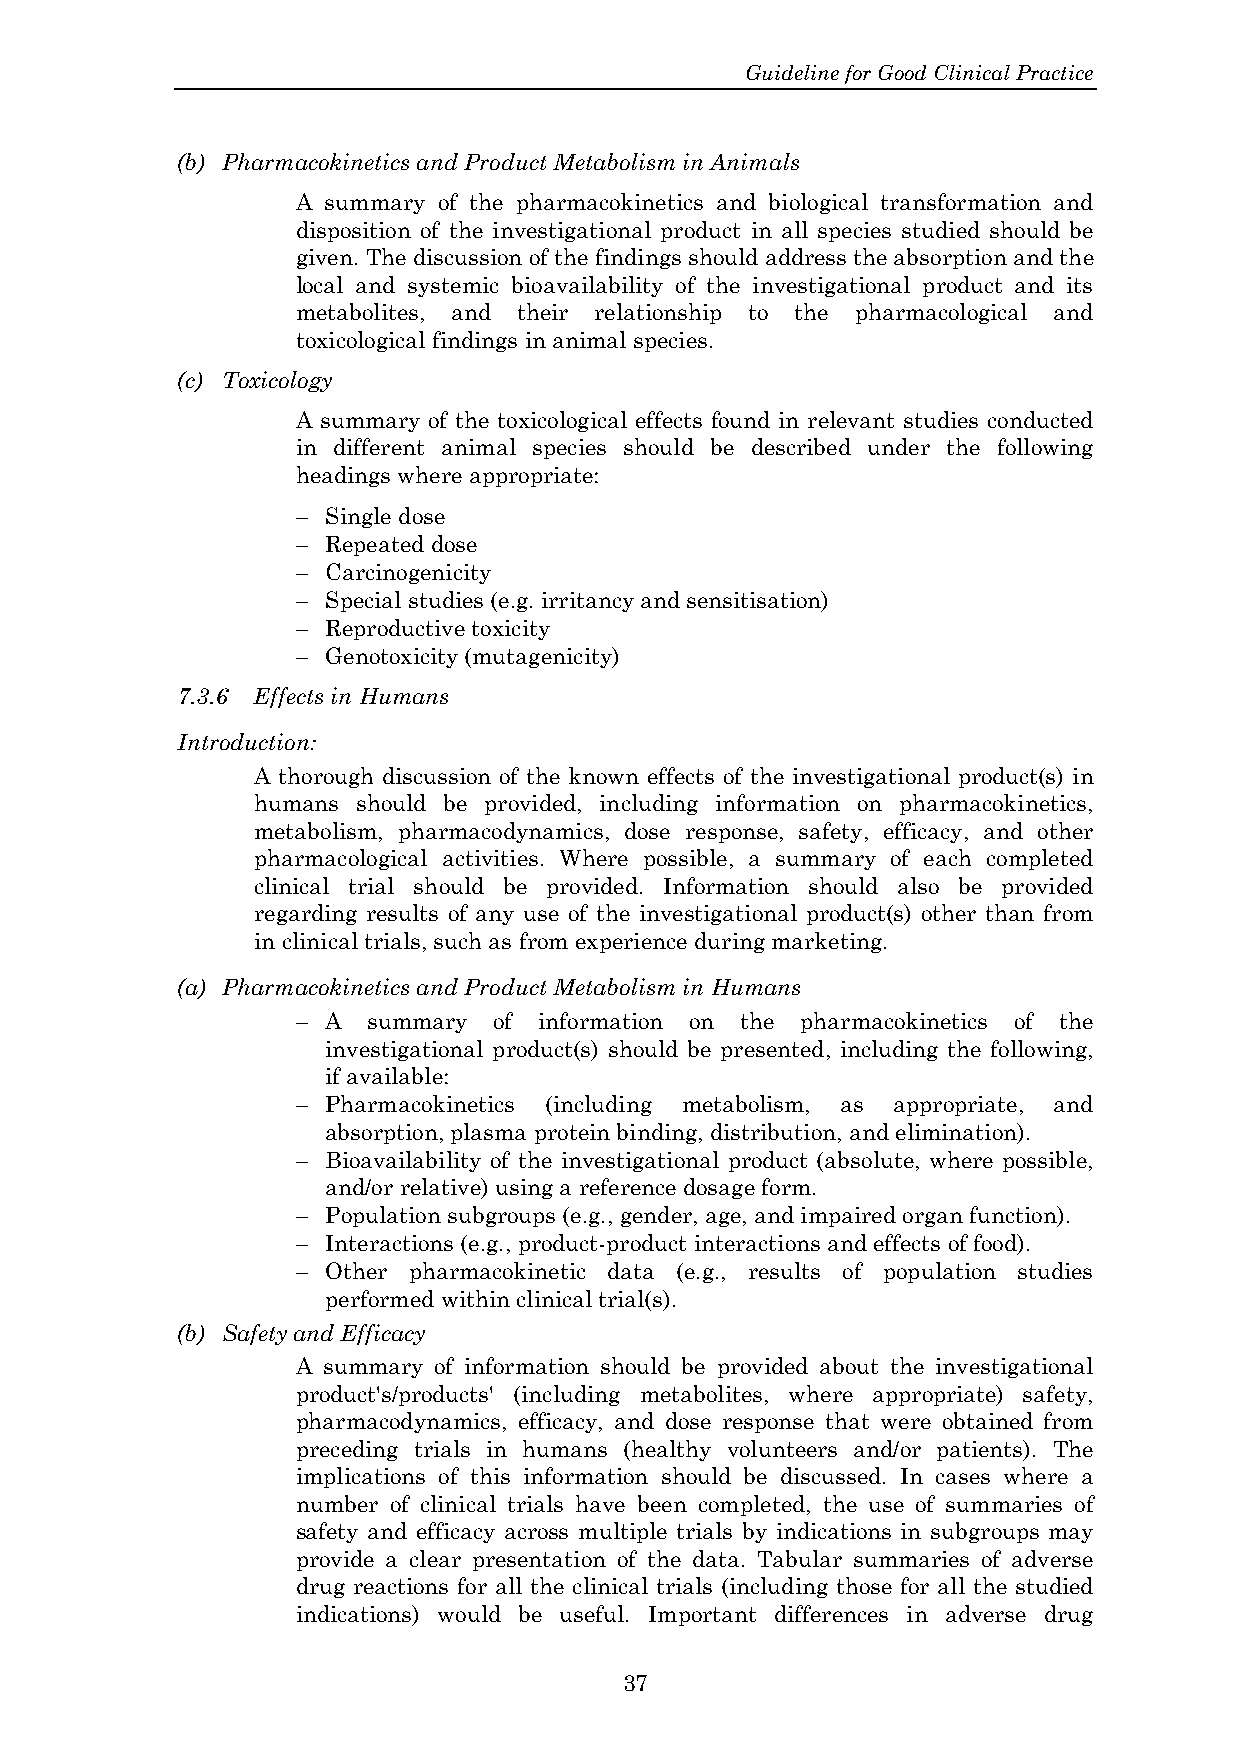
Guideline for Good Clinical Practice
 (b) Pharmacokinetics and Product Metabolism in Animals
 A summary of the pharmacokinetics and biological transformation and
 disposition of the investigational product in all species studied should be
 given. The discussion of the findings should address the absorption and the
 local and systemic bioavailability of the investigational product and its
 metabolites, and their relationship to the pharmacological and
 toxicological findings in animal species.
 (c) Toxicology
 A summary of the toxicological effects found in relevant studies conducted
 in different animal species should be described under the following
 headings where appropriate:
 − Single dose
 − Repeated dose
 − Carcinogenicity
 − Special studies (e.g. irritancy and sensitisation)
 − Reproductive toxicity
 − Genotoxicity (mutagenicity)
 7.3.6 Effects in Humans
 Introduction:
 A thorough discussion of the known effects of the investigational product(s) in
 humans should be provided, including information on pharmacokinetics,
 metabolism, pharmacodynamics, dose response, safety, efficacy, and other
 pharmacological activities. Where possible, a summary of each completed
 clinical trial should be provided. Information should also be provided
 regarding results of any use of the investigational product(s) other than from
 in clinical trials, such as from experience during marketing.
 (a) Pharmacokinetics and Product Metabolism in Humans
 − A summary  of information on the pharmacokinetics of the
 investigational product(s) should be presented, including the following,
 if available:
 − Pharmacokinetics (including metabolism, as appropriate, and
 absorption, plasma protein binding, distribution, and elimination).
 − Bioavailability of the investigational product (absolute, where possible,
 and/or relative) using a reference dosage form.
 − Population subgroups (e.g., gender, age, and impaired organ function).
 − Interactions (e.g., product-product interactions and effects of food).
 − Other pharmacokinetic data (e.g., results of population studies
 performed within clinical trial(s).
 (b) Safety and Efficacy
 A summary of information should be provided about the investigational
 product's/products' (including metabolites, where appropriate) safety,
 pharmacodynamics, efficacy, and dose response that were obtained from
 preceding trials in humans (healthy volunteers and/or patients). The
 implications of this information should be discussed. In cases where a
 number of clinical trials have been completed, the use of summaries of
 safety and efficacy across multiple trials by indications in subgroups may
 provide a clear presentation of the data. Tabular summaries of adverse
 drug reactions for all the clinical trials (including those for all the studied
 indications) would be useful. Important differences in adverse drug
 37